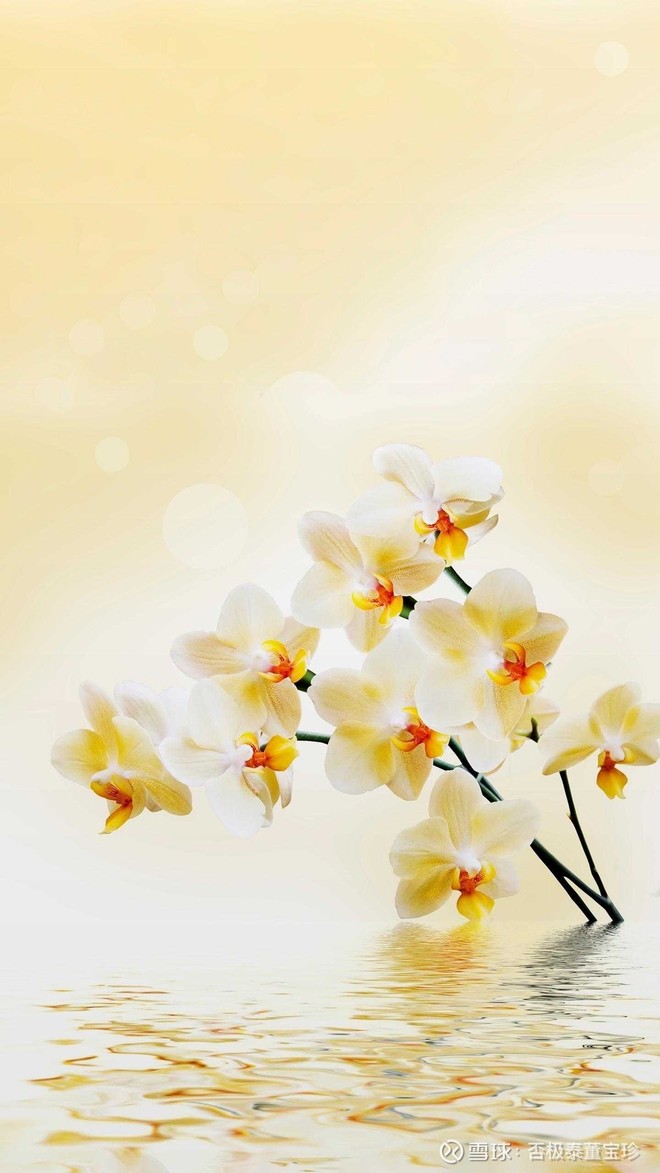
内省不疚，夫何忧何惧！